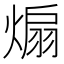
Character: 煽